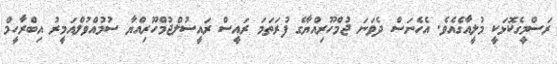
ރަސްމީގެކޮޅަކީ މުލީއާގެއެވެ. އެހެނަސް ދެވަނަ ޖުމްހޫރިއްޔާގެ ފުރަތަމަ ރައީސް ރައީސުލްޖުމްހޫރިއްޔާ ސުމުއްވުލްއަމީރު އިބްރާހީމް